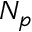
N _ { p }